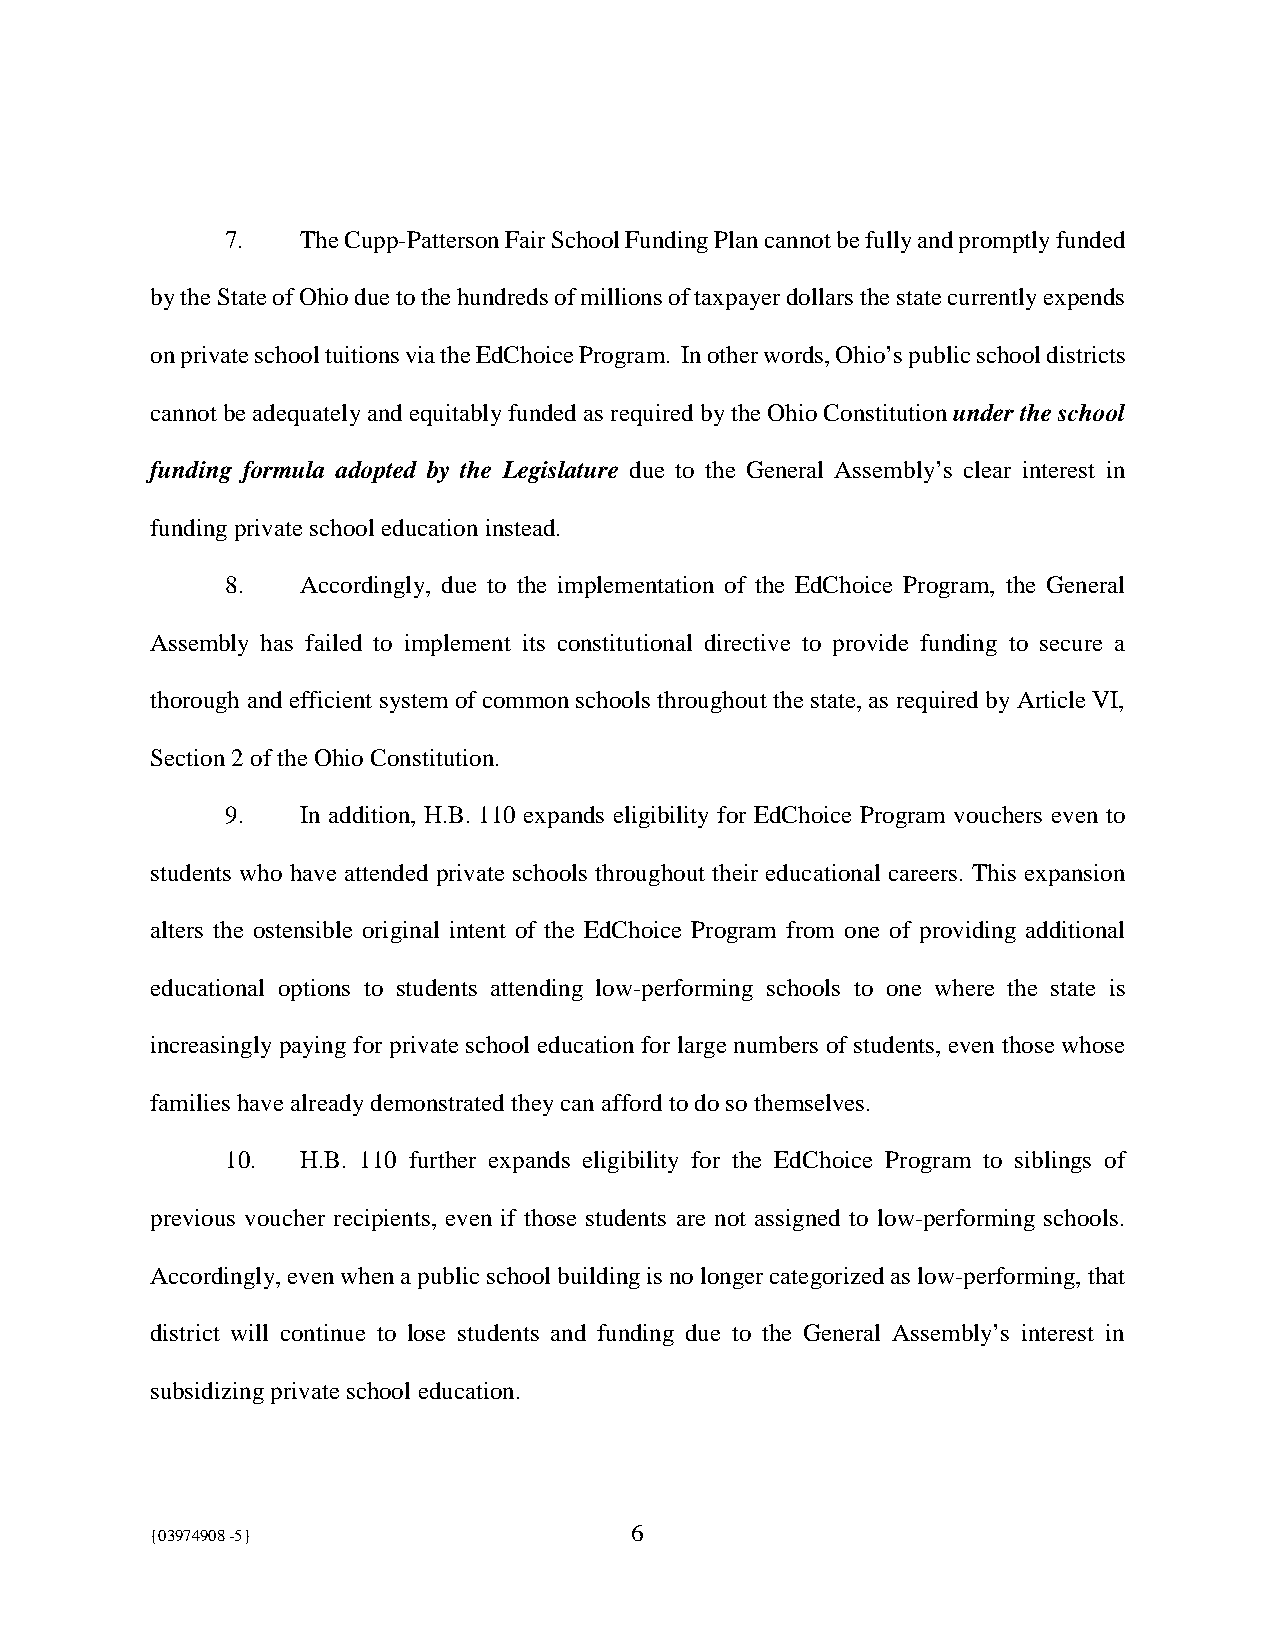
7.   The Cupp-Patterson Fair School Funding Plan cannot be fully and promptly funded
 by the State of Ohio due to the hundreds of millions of taxpayer dollars the state currently expends
 on private school tuitions via the EdChoice Program. In other words, Ohio’s public school districts
 cannot be adequately and equitably funded as required by the Ohio Constitution under the school
 funding formula adopted by the Legislature due to the General Assembly’s clear interest in
 funding private school education instead.
 8.   Accordingly, due to the implementation of the EdChoice Program, the General
 Assembly has failed to implement its constitutional directive to provide funding to secure a
 thorough and efficient system of common schools throughout the state, as required by Article VI,
 Section 2 of the Ohio Constitution.
 9.   In addition, H.B. 110 expands eligibility for EdChoice Program vouchers even to
 students who have attended private schools throughout their educational careers. This expansion
 alters the ostensible original intent of the EdChoice Program from one of providing additional
 educational options to students attending low-performing schools to one where the state is
 increasingly paying for private school education for large numbers of students, even those whose
 families have already demonstrated they can afford to do so themselves.
 10.  H.B. 110 further expands eligibility for the EdChoice Program to siblings of
 previous voucher recipients, even if those students are not assigned to low-performing schools.
 Accordingly, even when a public school building is no longer categorized as low-performing, that
 district will continue to lose students and funding due to the General Assembly’s interest in
 subsidizing private school education.
 {03974908 -5}                   6